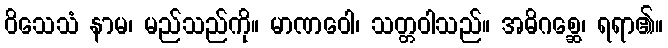
ဝိသေသံ နာမ၊ မည်သည်ကို။ မာဏဝေါ၊ သတ္တဝါသည်။ အဓိဂစ္ဆေ၊ ရရာ၏။